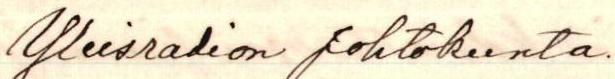
Yleisradion johtokunta.